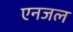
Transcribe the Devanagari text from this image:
एनजल